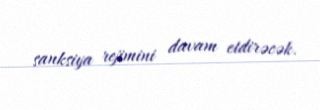
sanksiya rejimini davam etdirəcək.